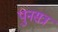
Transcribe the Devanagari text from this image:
पुनसत्र